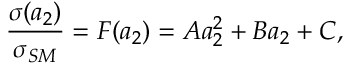
\frac { \sigma ( a _ { 2 } ) } { \sigma _ { S M } } = F ( a _ { 2 } ) = A a _ { 2 } ^ { 2 } + B a _ { 2 } + C ,